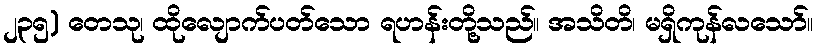
၂၃၅) တေသု၊ ထိုလျောက်ပတ်သော ရဟန်းတို့သည်။ အသိတိ၊ မရှိကုန်လသော်။